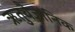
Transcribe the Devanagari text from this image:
ऋतुवैज्ञानिक